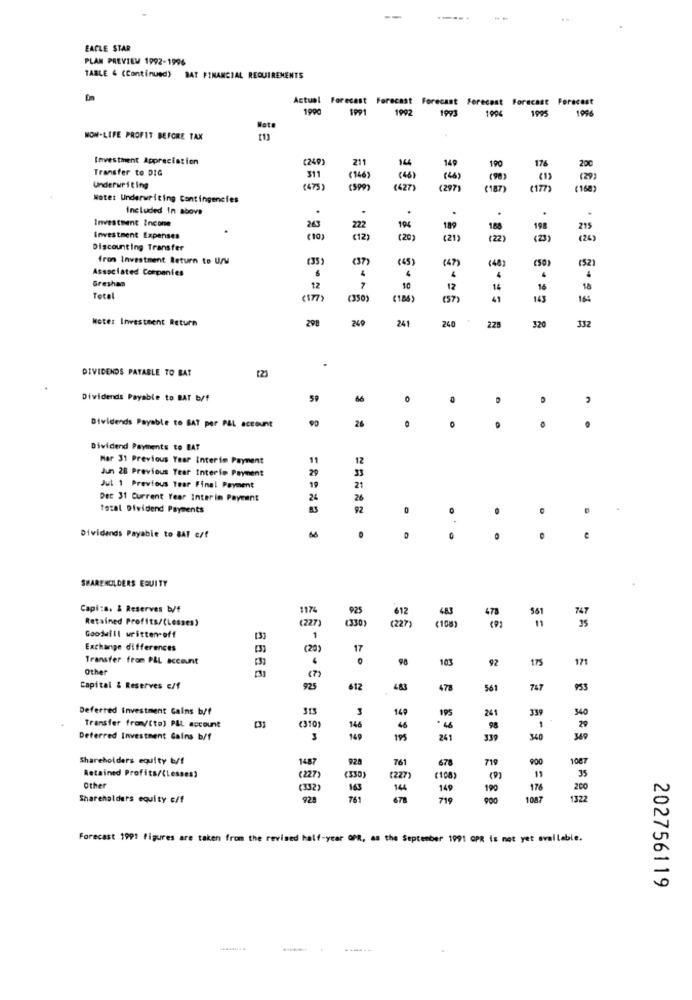
EACLE STAR
PLAN PREVIEW 1992-1996
TABLE 4 (Continued) BAT FINANCIAL REQUIREMENTS
Actual
Forecast Forecast Forecast forecast
Forecast Foracast
1990
1991
1992
1993
1906
1006
NON-LIFE PROFIT BEFORE TAX
Investment Appreciation
(240)
211
144
190
176
200
Transfer to DIG
149
311
(146)
(4)
( 4)
(90
( 1)
Underwriting
24737
(599)
(427)
(187)
(17)
(168)
Note: Underwriting Contingencies
Included In above
.
.
.
243
.
Investment Incone
222
196
189
188
198
215
Investment Expenses
(10)
(12)
(20)
(21)
(22)
(23)
(24)
Discounting Transfer
from Investment Return to USW
(35)
(37)
(45)
(4)
(48)
Associated Companies
(50)
(52
.
4
4
Greshan
12
7
10
12
14
16
18
Tetal
(350
(184)
(57)
41
143
164
Heter Investment Return
298
249
241
240
229
320
332
.
DIVIDENDS PAYABLE TO BAT
Dividends Payable to BAT b/f
66
.
.
24
Dividends Payable to BAT per PAL account
.
.
.
Dividend Payments to BAT
Mar 31 Previous Year Interim Payment
12
Jun 28 Previous Tear Interie Payment
29
33
21
Jul 1 Previous Tear Final Payment
Det 31 Current Year Interim Payment
26
26
Total Dividend Payments
92
0
.
e
Dividends Payable to BAT c/f
SHAREHOLDERS EQUITY
Capi:8. & Reserves b/f
1174
925
Retained Profits/(Lesses)
(227)
(330)
(108)
Goodwill written-off
1
Exchange differences
(20)
17
Transfer from PLL account
.
103
175
171
Other
5666
92
(7)
Capital & Reserves c/f
925
612
483
478
561
747
Deferred Investment Gains b/f
313
3
149
339
340
241
Transfer from/(to) PLL account
[33
€310
146
45
98
1
29
Deterred Investment Gains b/f
3
149
195
241
339
340
349
Shareholders equity b/f
148
928
761
678
719
900
1087
35
Retained Profits/(Lesses)
(227
(330
227
(108)
Other
(332)
163
144
149
190
176
200
Shareholders equity c/f
928
761
678
719
1087
1322
Forecast 1991 figures are taken from the revised half-year OPR, as the September 1991 GPR is not yet available.
202756119